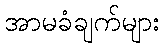
အာမခံချက်များ